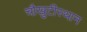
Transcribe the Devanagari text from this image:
चौखुटीस्थान